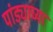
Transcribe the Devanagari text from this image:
पांड्याच्या